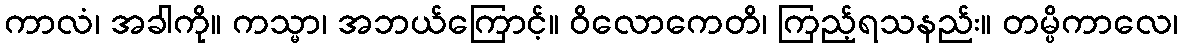
ကာလံ၊ အခါကို။ ကသ္မာ၊ အဘယ်ကြောင့်။ ဝိလောကေတိ၊ ကြည့်ရသနည်း။ တမ္ပိကာလေ၊